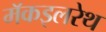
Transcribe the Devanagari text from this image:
मॅकइलरेथ